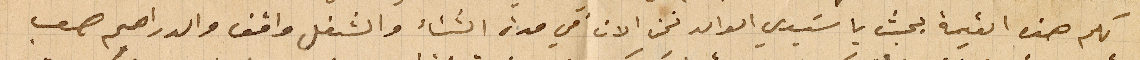
لكم هذه القيمة بحيث يا سَيدي الوالد نحن الان في مدة الشتاء والشغل واقف والدراهم صعب